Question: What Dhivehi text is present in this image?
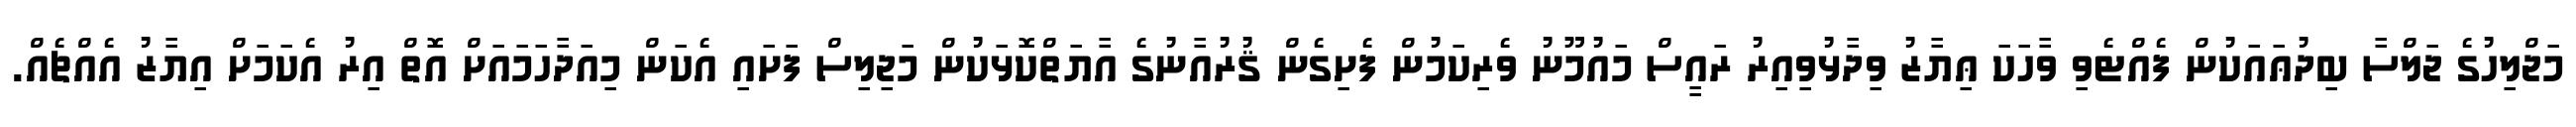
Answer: މަޖްލިހުގެ ޖަލްސާ ބިދުޢައަކުން ފެއްޓެވި ވާހަކަ ޢިޔާޒު ވިދާޅުވިއިރު ރައީސް މައުމޫނު ވެރިކަމުން ފެށިގެން ޤުރުއާނުގެ އާޔަތްކޮޅަކުން މަޖިލިސް ފަށައި އެކަން މިއަދާހަމައަށް އޮތް އިރު އެކަމަށް އިޔާޒު އެއްޗެއް.